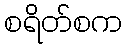
စရိတ်စက